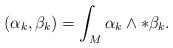
LaTeX: \begin{align*}( \alpha_k, \beta_k ) = \int_M \alpha_k \wedge *\beta_k .\end{align*}